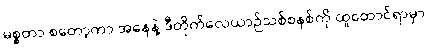
မစ္စတာ စတော့ကာ အနေနဲ့ ဒီတိုက်လေယာဉ်သစ်စနစ်ကို ထူထောင်ရာမှာ